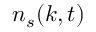
n _ { s } ( k , t )